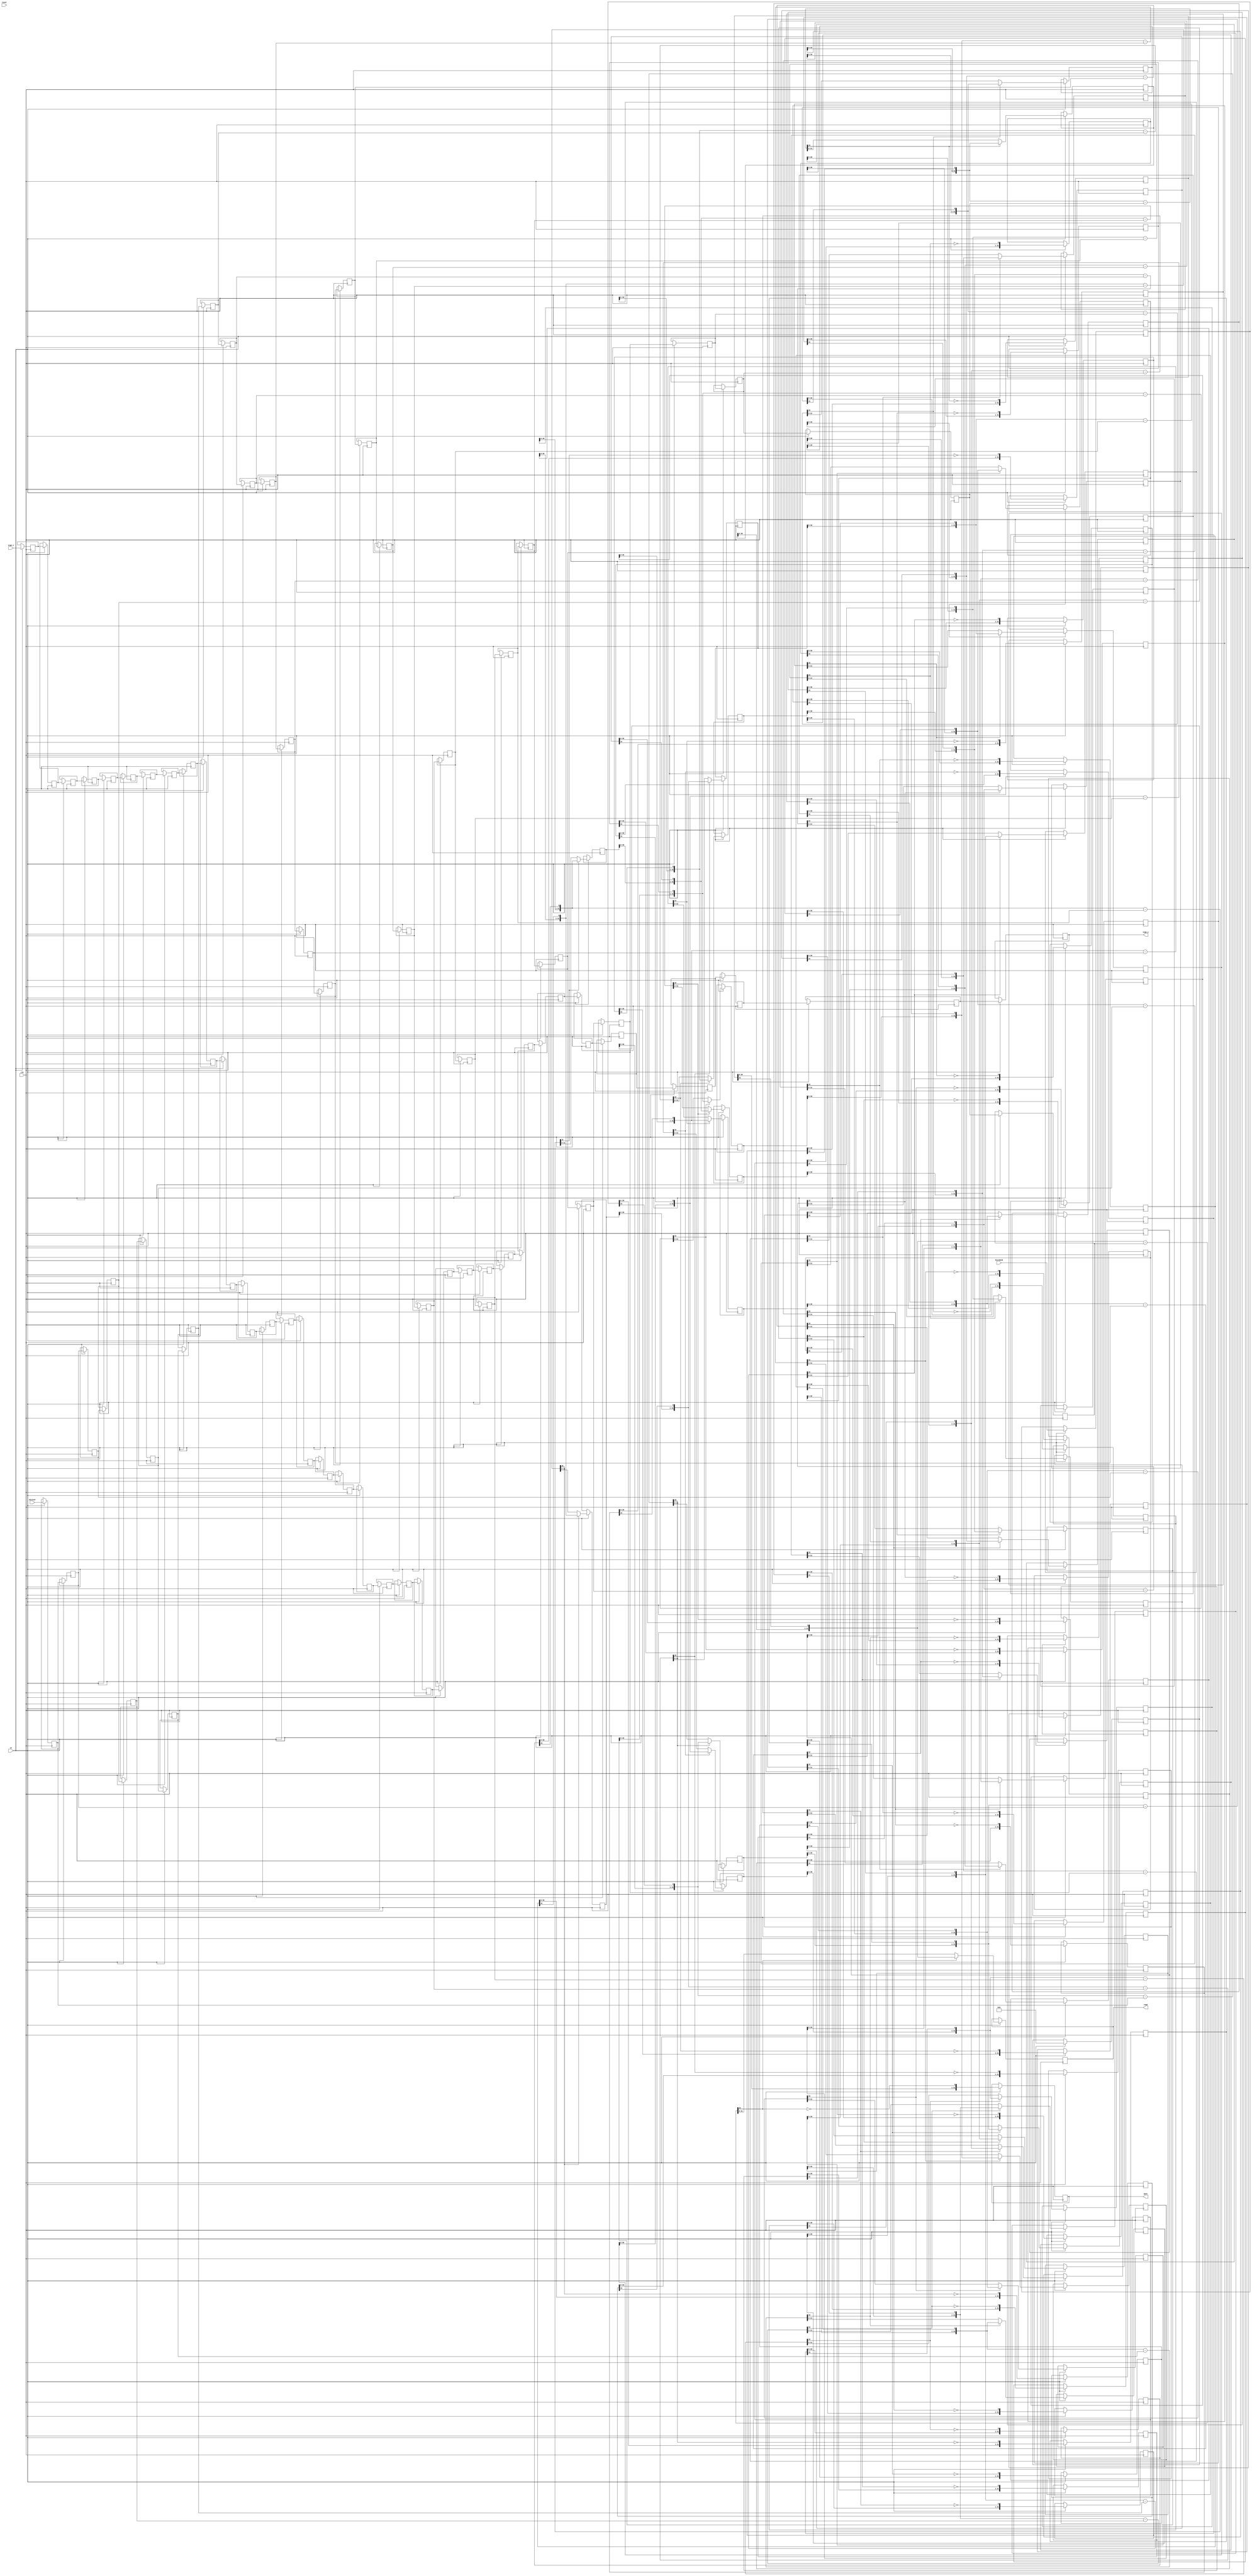
// 67d7842dbbe25473c3c32b93c0da8047785f30d78e8a024de1b57352245f9689
// ==============================================================
// Vitis HLS - High-Level Synthesis from C, C++ and OpenCL v2020.2 (64-bit)
// Copyright 1986-2020 Xilinx, Inc. All Rights Reserved.
// ==============================================================
`timescale 1 ns / 1 ps

module nnlayer_sdiv_18ns_16s_16_22_1_divider
#(parameter
    in0_WIDTH = 32,
    in1_WIDTH = 32,
    out_WIDTH = 32
)
(
    input                       clk,
    input                       reset,
    input                       ce,
    input       [in0_WIDTH-1:0] dividend,
    input       [in1_WIDTH-1:0] divisor,
    input       [1:0]           sign_i,
    output wire [1:0]           sign_o,
    output wire [out_WIDTH-1:0] quot,
    output wire [out_WIDTH-1:0] remd
);

localparam cal_WIDTH = (in0_WIDTH > in1_WIDTH)? in0_WIDTH : in1_WIDTH;

//------------------------Local signal-------------------
reg  [in0_WIDTH-1:0] dividend_tmp[0:in0_WIDTH];
reg  [in1_WIDTH-1:0] divisor_tmp[0:in0_WIDTH];
reg  [in0_WIDTH-1:0] remd_tmp[0:in0_WIDTH];
wire [in0_WIDTH-1:0] comb_tmp[0:in0_WIDTH-1];
wire [cal_WIDTH:0]   cal_tmp[0:in0_WIDTH-1];
reg  [1:0]           sign_tmp[0:in0_WIDTH];
//------------------------Body---------------------------
assign  quot    = dividend_tmp[in0_WIDTH];
assign  remd    = remd_tmp[in0_WIDTH];
assign  sign_o  = sign_tmp[in0_WIDTH];

// dividend_tmp[0], divisor_tmp[0], remd_tmp[0]
always @(posedge clk)
begin
    if (ce) begin
        dividend_tmp[0] <= dividend;
        divisor_tmp[0]  <= divisor;
        sign_tmp[0]     <= sign_i;
        remd_tmp[0]     <= 1'b0;
    end
end

genvar i;
generate 
    for (i = 0; i < in0_WIDTH; i = i + 1)
    begin : loop
        if (in0_WIDTH == 1) assign  comb_tmp[i]     = dividend_tmp[i][0];
        else                assign  comb_tmp[i]     = {remd_tmp[i][in0_WIDTH-2:0], dividend_tmp[i][in0_WIDTH-1]};
        assign  cal_tmp[i]      = {1'b0, comb_tmp[i]} - {1'b0, divisor_tmp[i]};

        always @(posedge clk)
        begin
            if (ce) begin
                if (in0_WIDTH == 1) dividend_tmp[i+1] <= ~cal_tmp[i][cal_WIDTH];
                else                dividend_tmp[i+1] <= {dividend_tmp[i][in0_WIDTH-2:0], ~cal_tmp[i][cal_WIDTH]};
                divisor_tmp[i+1]  <= divisor_tmp[i];
                remd_tmp[i+1]     <= cal_tmp[i][cal_WIDTH]? comb_tmp[i] : cal_tmp[i][in0_WIDTH-1:0];
                sign_tmp[i+1]     <= sign_tmp[i];
            end
        end
    end
endgenerate

endmodule

module nnlayer_sdiv_18ns_16s_16_22_1 
#(parameter
        ID   = 1,
        NUM_STAGE   = 2,
        din0_WIDTH   = 32,
        din1_WIDTH   = 32,
        dout_WIDTH   = 32
)
(
        input                           clk,
        input                           reset,
        input                           ce,
        input           [din0_WIDTH-1:0] din0,
        input           [din1_WIDTH-1:0] din1,
        output          [dout_WIDTH-1:0] dout
);
//------------------------Local signal-------------------
reg     [din0_WIDTH-1:0] dividend0;
reg     [din1_WIDTH-1:0] divisor0;
wire    [din0_WIDTH-1:0] dividend_u;
wire    [din1_WIDTH-1:0] divisor_u;
wire    [dout_WIDTH-1:0] quot_u;
wire    [dout_WIDTH-1:0] remd_u;
reg     [dout_WIDTH-1:0] quot;
reg     [dout_WIDTH-1:0] remd;
wire    [1:0]   sign_i;
wire    [1:0]   sign_o;
//------------------------Instantiation------------------
nnlayer_sdiv_18ns_16s_16_22_1_divider #(
    .in0_WIDTH      ( din0_WIDTH ),
    .in1_WIDTH      ( din1_WIDTH ),
    .out_WIDTH      ( dout_WIDTH )
) nnlayer_sdiv_18ns_16s_16_22_1_divider_u (
    .clk      ( clk ),
    .reset    ( reset ),
    .ce       ( ce ),
    .dividend ( dividend_u ),
    .divisor  ( divisor_u ),
    .sign_i   ( sign_i ),
    .sign_o   ( sign_o ),
    .quot     ( quot_u ),
    .remd     ( remd_u )
);
//------------------------Body---------------------------
assign sign_i     = {dividend0[din0_WIDTH-1] ^ divisor0[din1_WIDTH-1], dividend0[din0_WIDTH-1]};
assign dividend_u = dividend0[din0_WIDTH-1]? ~dividend0[din0_WIDTH-1:0] + 1'b1 :
                                              dividend0[din0_WIDTH-1:0];
assign divisor_u  = divisor0[din1_WIDTH-1]?  ~divisor0[din1_WIDTH-1:0] + 1'b1 :
                                              divisor0[din1_WIDTH-1:0];

always @(posedge clk)
begin
    if (ce) begin
        dividend0 <= din0;
        divisor0  <= din1;
    end
end

always @(posedge clk)
begin
    if (ce) begin
        if (sign_o[1])
            quot <= ~quot_u + 1'b1;
        else
            quot <= quot_u;
    end
end

always @(posedge clk)
begin
    if (ce) begin
        if (sign_o[0])
            remd <= ~remd_u + 1'b1;
        else
            remd <= remd_u;
    end
end

assign dout = quot;

endmodule